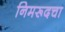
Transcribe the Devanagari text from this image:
निमरूदचा